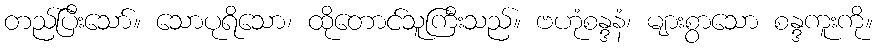
တည်ပြီးသော်။ သောပုရိသော၊ ထိုတောင်သူကြီးသည်။ ဗဟုံစန္ဒနံ၊ များစွာသော စန္ဒကူးကို။